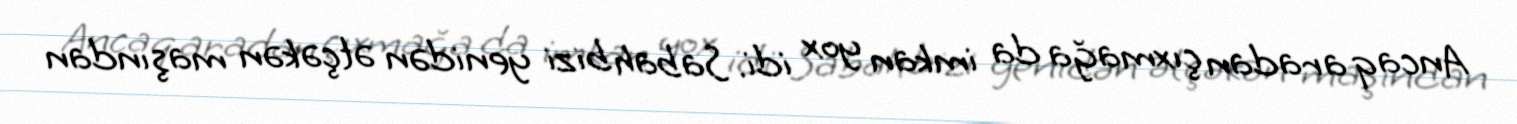
Ancaq aradan çıxmağa da imkan yox idi. Sabah bizi yenidən ətçəkən maşından